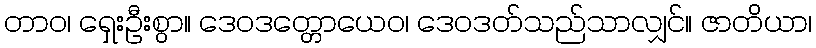
တာဝ၊ ရှေးဦးစွာ။ ဒေဝဒတ္တောယေဝ၊ ဒေဝဒတ်သည်သာလျှင်။ ဇာတိယာ၊